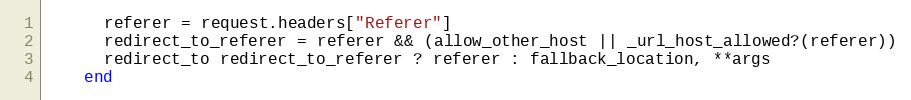
Language: Ruby
      referer = request.headers["Referer"]
      redirect_to_referer = referer && (allow_other_host || _url_host_allowed?(referer))
      redirect_to redirect_to_referer ? referer : fallback_location, **args
    end